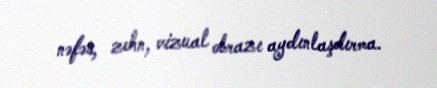
nəfəs, zehn, vizual obrazı aydınlaşdırma.